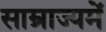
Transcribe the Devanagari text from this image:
साम्राज्यमें